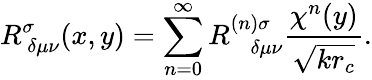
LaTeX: R_{~\delta\mu\nu}^{\sigma}(x,y)=\sum_{n=0}^{\infty}R_{~~~~\delta\mu\nu}^{(n)\sigma}\frac{\chi^{n}(y)}{\sqrt{kr_{c}}}.